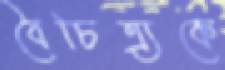
বৈচিত্র্যকে